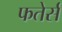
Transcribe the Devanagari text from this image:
फतेर्स